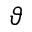
\vartheta